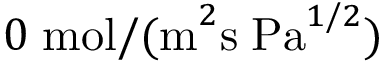
0 \; \mathrm { m o l / ( m } ^ { 2 } \mathrm { s \; P a } ^ { 1 / 2 } )